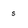
Character: s